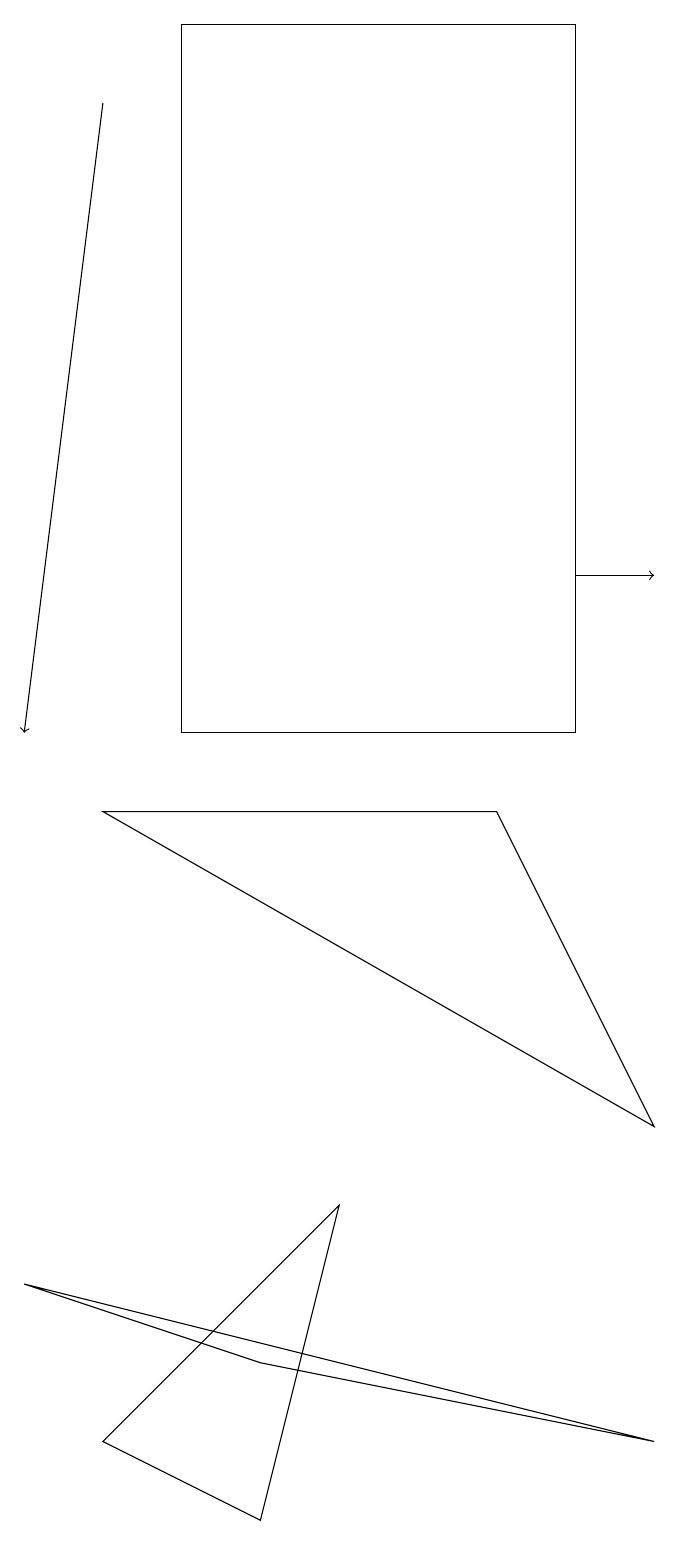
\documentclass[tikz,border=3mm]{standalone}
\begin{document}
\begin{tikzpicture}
\draw (7,19) rectangle (2,10);
\draw (8,1) -- (0,3) -- (3,2) -- cycle;
\draw (4,4) -- (1,1) -- (3,0) -- cycle;
\draw[->] (7,12) -- (8,12);
\draw (8,5) -- (6,9) -- (1,9) -- cycle;
\draw[->] (1,18) -- (0,10);
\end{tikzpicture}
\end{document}